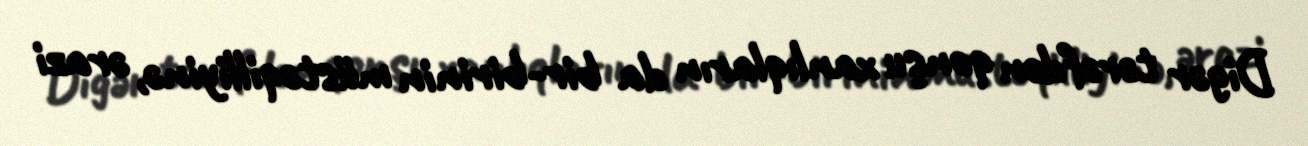
Digər tərəfdən qonşu xanlıqların da bir-birinin müstəqilliyinə, ərazi